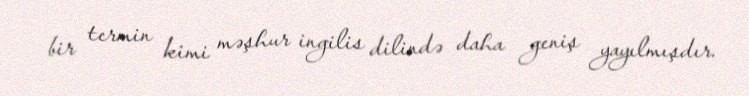
bir termin kimi məşhur ingilis dilində daha geniş yayılmışdır.